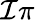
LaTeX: \mathcal{I}\pi